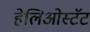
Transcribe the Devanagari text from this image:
हेलिओस्टॅट